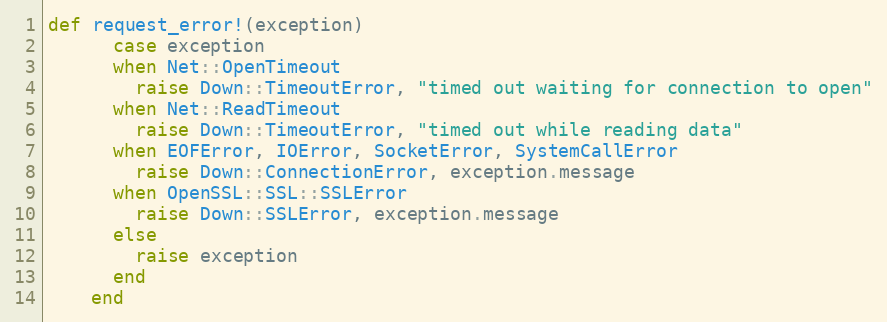
Language: Ruby
def request_error!(exception)
      case exception
      when Net::OpenTimeout
        raise Down::TimeoutError, "timed out waiting for connection to open"
      when Net::ReadTimeout
        raise Down::TimeoutError, "timed out while reading data"
      when EOFError, IOError, SocketError, SystemCallError
        raise Down::ConnectionError, exception.message
      when OpenSSL::SSL::SSLError
        raise Down::SSLError, exception.message
      else
        raise exception
      end
    end